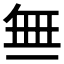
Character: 𬻝